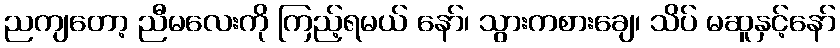
ညကျတော့ ညီမလေးကို ကြည့်ရမယ် နော်၊ သွားကစားချေ၊ သိပ် မဆူနှင့်နော်